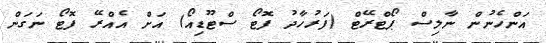
އަންހެނުން ނާލިސް ޕޯޓްރޭޓް (ފަރުހާދު ފޮޓޯ ސްޓޫޑިއޯ) އަށް އެއްރޭ ފޮޓޯ ނަގަން